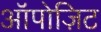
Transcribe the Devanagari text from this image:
ऑपोज़िट